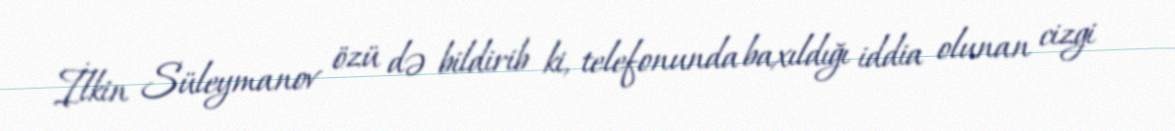
İlkin Süleymanov özü də bildirib ki, telefonunda baxıldığı iddia olunan cizgi